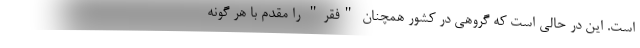
است. این در حالی است که گروهی در کشور همچنان "فقر" را مقدم با هر گونه